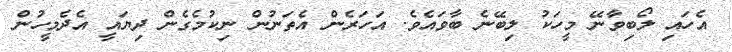
އެހައި ލޯބިވާނޭ މީހަކު ލިބޭނެ ބާވައެވެ. އަހަރެން އެތަނުން ނިކުމެގެން ދިޔައީ އެދެމީހުން